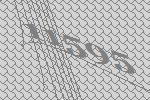
11595